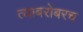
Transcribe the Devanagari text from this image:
त्‍याबरोबरच